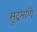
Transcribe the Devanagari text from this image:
सूद्रमणि